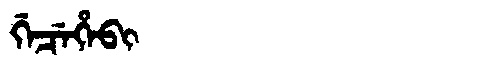
Manchu: ᡤᡝᠴᡝᡥᡝᠪᡳ
Romanization: GECEHEBI